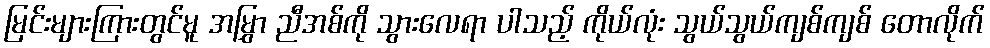
မြင်းများကြားတွင်မူ အမြွှာ ညီအစ်ကို သွားလေရာ ပါသည့် ကိုယ်လုံး သွယ်သွယ်ကျစ်ကျစ် တောလိုက်